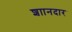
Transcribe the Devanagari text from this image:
शाानदार